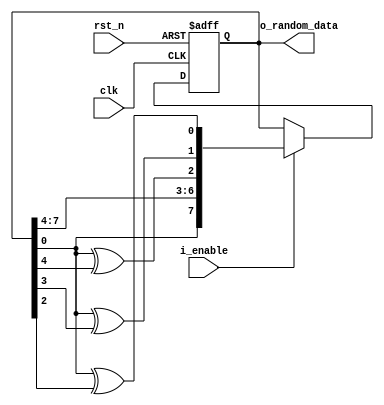
`timescale 1ns/1ps
module random_galois_8bit
	(	clk,
		rst_n,
		i_enable,
		o_random_data
	);

	//-------------input and output port--------//
	input 						clk;
	input 						rst_n;
	input 						i_enable;
	output		[7:0] 			o_random_data;
	//----------------------------------------//
	
	wire 	taps;
	wire 	[7:0] Q_x;
	reg 	[7:0] Q_reg;

	initial begin
		Q_reg <= 'd50;
	end
	
	assign o_random_data = Q_reg;
	
	assign taps = Q_reg[0];
	
	assign Q_x[3] = Q_reg[0] ^ Q_reg[4];
	assign Q_x[2] = Q_reg[0] ^ Q_reg[3];
	assign Q_x[1] = Q_reg[0] ^ Q_reg[2];
	
	always @(posedge clk or negedge rst_n) begin
		if (!rst_n) begin
			Q_reg <= 'd50;
		end
		else begin
			if (i_enable)
				Q_reg <= {taps, Q_reg[7], Q_reg[6], Q_reg[5], Q_reg[4], Q_x[3], Q_x[2], Q_x[1]};
		end
	end
	
endmodule